Document type: Sale
Year: 1461
Scribe: [Unknown]
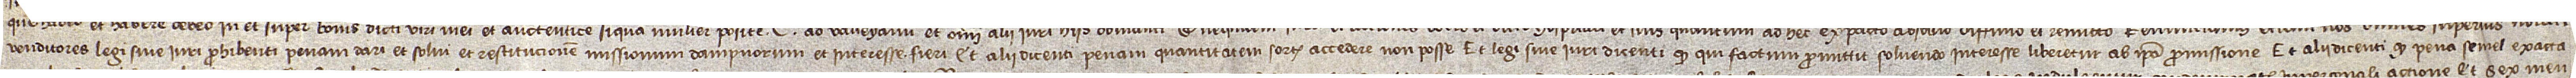
venditores legi sive iure prohibenti penam dari et solvi et restitucionem missionum, dampnorum et interesse fieri, et alii dicenti penam quantitatem sortis excedere non posse, et legi sive iure dicenti quod qui factum promittit solvendo interesse liberetur ab ipsa promissione, et alii dicenti quod pena semel exacta